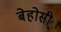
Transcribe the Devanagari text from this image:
बेहोसी